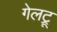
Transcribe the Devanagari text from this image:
गेलट्रू